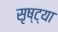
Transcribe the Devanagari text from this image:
सृष्ट्या